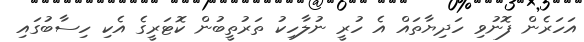
އަހަރެން ފޮނުވި ހަދިޔާތައް އެ ހުރީ ނުލާހިކު ތަރުތީބުން ކޮޓަރީގެ އެކި ހިސާބުގައި